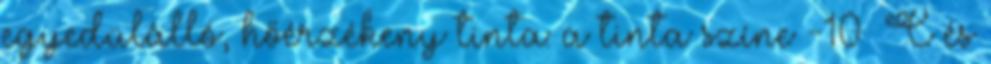
egyedülálló, hőérzékeny tinta: a tinta színe -10 °C és